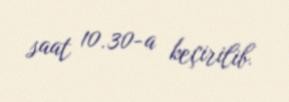
saat 10.30-a keçirilib.